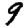
Digit: 9